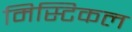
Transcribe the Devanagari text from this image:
मिस्टिकल